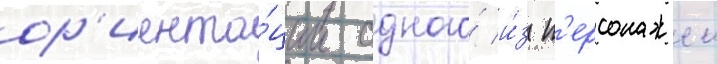
ор'иента́ции одного́ и́з п'ерсонажеи